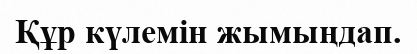
Құр күлемін жымыңдап.